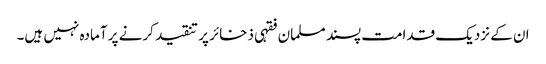
ان کے نزدیک قدامت پسند مسلمان فقہی ذخائر پر تنقید کرنے پر آمادہ نہیں ہیں۔